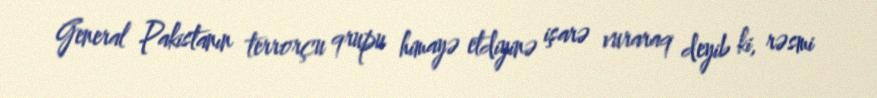
General Pakistanın terrorçu qrupu himayə etdiyinə işarə vuraraq deyib ki, rəsmi